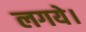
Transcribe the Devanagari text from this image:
लगये।